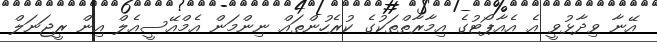
އޭނާ ވިދާޅުވީ އެ އެއާޕޯޓުގެ އިމާރާތްތަކުގެ ކުރެހުންތައް ނިންމަން އެމްއޭސީއެލް އިން ރީޖަނަލް